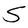
Character: S